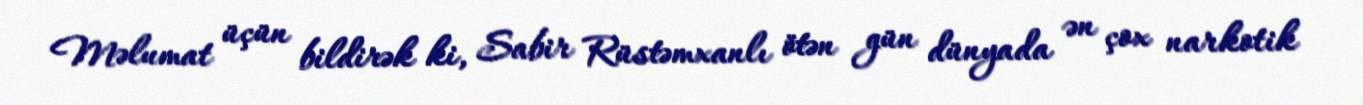
Məlumat üçün bildirək ki, Sabir Rüstəmxanlı ötən gün dünyada ən çox narkotik